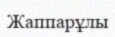
Жаппарұлы